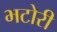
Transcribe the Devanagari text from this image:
भटोरी